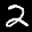
Label: 2